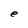
Character: e